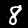
Digit: 8